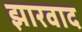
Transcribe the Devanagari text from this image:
झारवाद